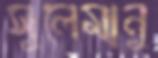
সুলেমানু